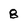
Character: 8